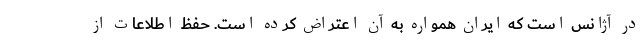
در آژانس است که ایران همواره به آن اعتراض کرده است. حفظ اطلاعات از